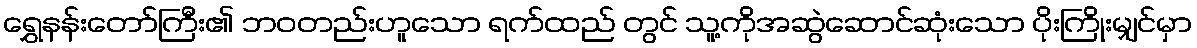
ရွှေနန်းတော်ကြီး၏ ဘဝတည်းဟူသော ရက်ထည် တွင် သူ့ကိုအဆွဲဆောင်ဆုံးသော ပိုးကြိုးမျှင်မှာ